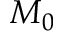
M _ { 0 }